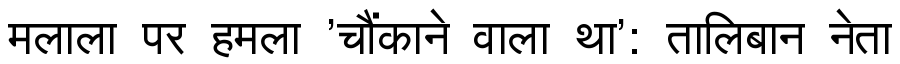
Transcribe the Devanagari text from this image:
मलाला पर हमला 'चौंकाने वाला था': तालिबान नेता